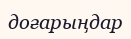
доғарыңдар